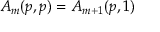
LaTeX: A _ { m } ( p , p ) = A _ { m + 1 } ( p , 1 )